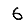
Digit: 6